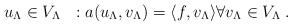
\begin{align*}u_\Lambda \in V_\Lambda \ \ : a(u_\Lambda,v_\Lambda)= \langle f,v_\Lambda \rangle \forall v_\Lambda \in V_\Lambda \;.\end{align*}